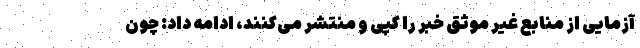
آزمایی از منابع غیر موثق خبر را کپی و منتشر می‌کنند، ادامه داد: چون